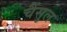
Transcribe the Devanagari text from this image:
चैंसुल